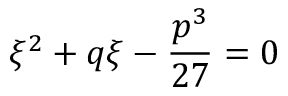
\xi ^ { 2 } + q \xi - \frac { p ^ { 3 } } { 2 7 } = 0